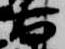
右